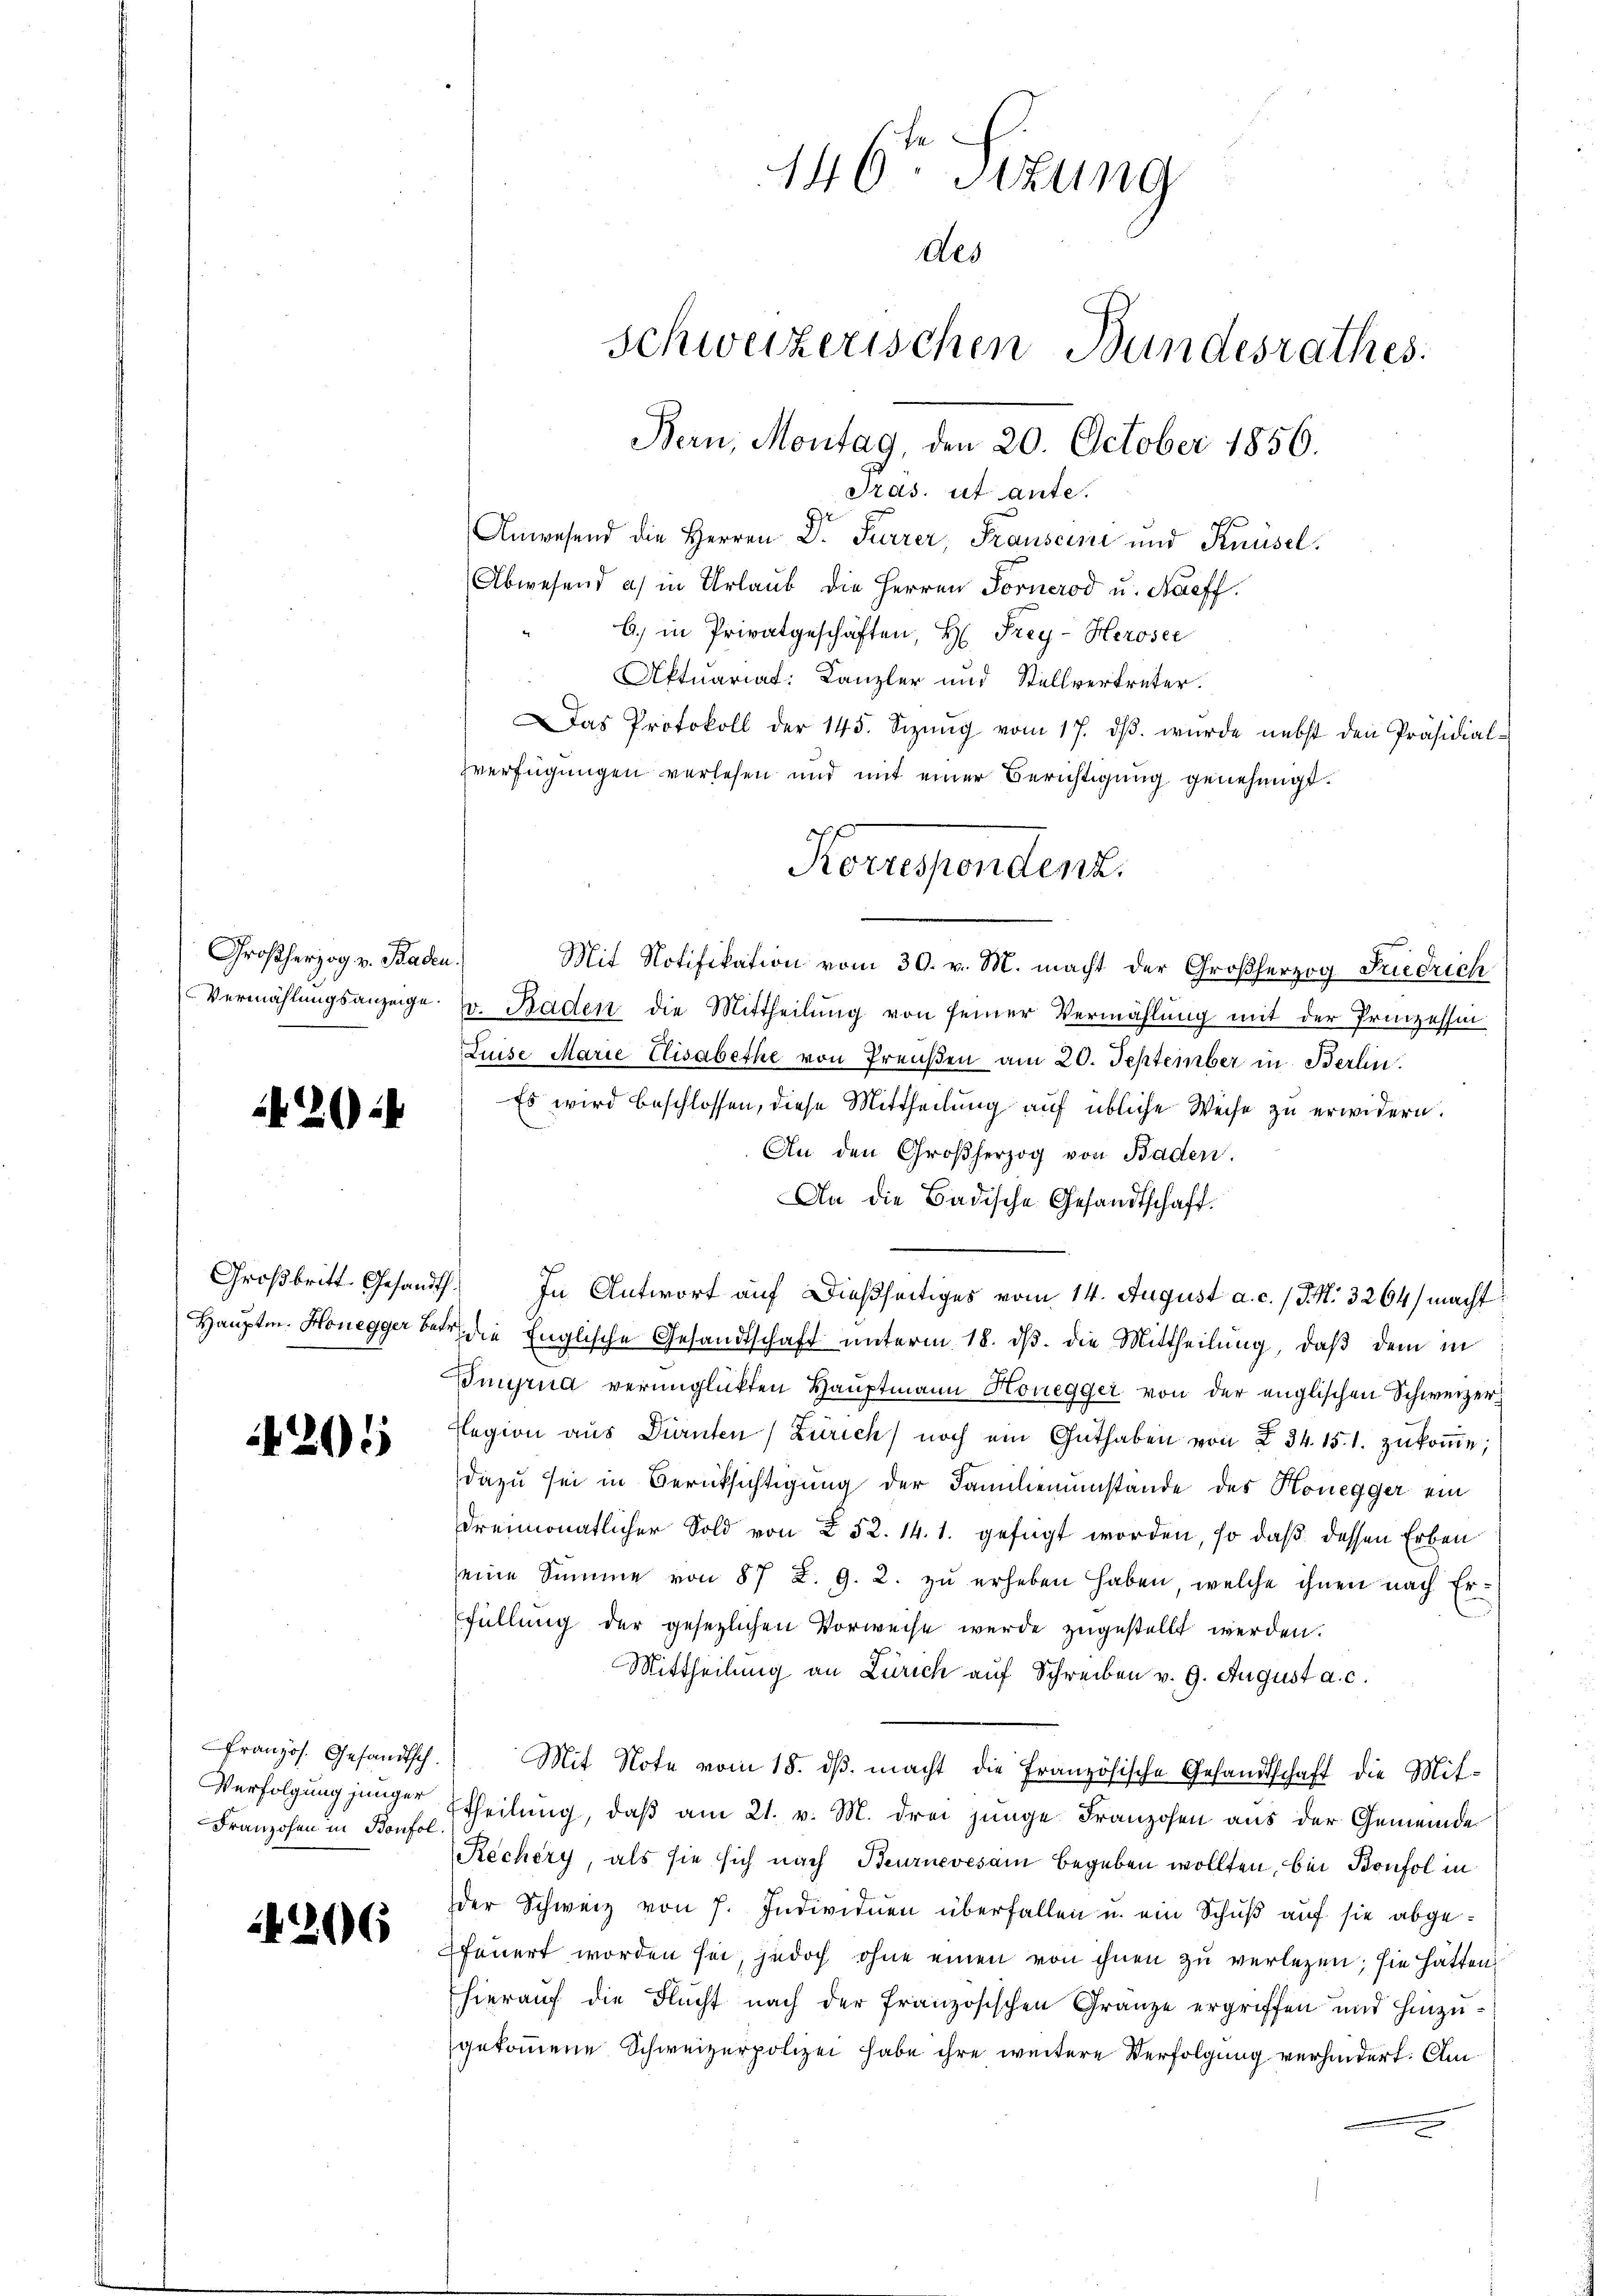
Großherzog v. Baden.
Vermählungsanzeige.

26

205

Verfolgung junger
Franzohen in Bonfol

206

146ten Sizung
des
Schweizerischen Bundesrathes.
Bern, Montag, den 20. October 1856.
Präs. ut ante.

Anwesend die Herren Dr. Furrer, Frauseine und Knüsel.
Abwesend a.) in Urlaub die Herren Fornerod u. Naeff.
b.) in Privatgeschäften, H. Frey-Heroser
Aktuariat: Kanzler und Stellvertreter.
Das Protokoll der 145. Sizŭng vom 17. dβ. wurde nebst den Präsidial-
zverfügungen verlesen und mit einer Berichtigung genehmigt.
Mit Notifikation vom 30. v. M. macht der Großherzog Friedrich
v. Raden die Mittheilung von seiner Vermählung mit der Prinzessin
Luise Marie Elisabethe von Preußen am 20. September in Berlin.
Es wird beschlossen, diese Mittheilung auf übliche Weise zu erwidern.
An den Großherzog von Baden.
An die Badische Gesandtschaft.
Großbritt. Gesandt. In Antwort auf dießseitiges vom 14. August a. c. /J.M. 3264) macht
Hauptm. Honegger betr. die Englische Gesandtschaft unterm 18. ds. die Mittheilung, daß dem in
Ingrua verunglückten Hauptmann Honegger von der englischen Schweizer
Legion aŭs Dürnten Zürich noch ein Guthaben von § 34. 15.1. zŭkoṁe;
dazu sei in Berücksichtigung der Familienumstände des Honegger ein
dreimonatlicher Sold von § 52. 14. 1. gefügt worden, so daß dessen Erben
seine Summe von 87 K. G. 2. zŭ erheben haben, welche ihnen nach Erfüllung der gesezlichen Vorweise werde zugestellt werden.
Mittheilung an Zürich auf Schreiben v. 9. August a. c.
Französ. Gesandtsch. Mit Note vom 18. dβ. macht die Französische Gesandtschaft die Mit-
Etheilung, daß am 21. v. M. drei junge Franzosen aus der Gemeinde
Rechery, als sie sich nach Beurnevesam begeben wollten, bei Bonfol in
der Schweiz von 7. Individuen überfallen u. ein Schuß auf sie abgefeuert worden sei, jedoch ohne einen von ihnen zu verlegen; sie hätten
hierauf die Flucht nach der französischen Gränze ergriffen und hinzugekommene Schweizerpolizei habe ihre weitere Verfolgung verhindert. Am

Korrespondenz.